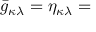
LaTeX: { \bar { g } } _ { \kappa \lambda } = \eta _ { \kappa \lambda } =